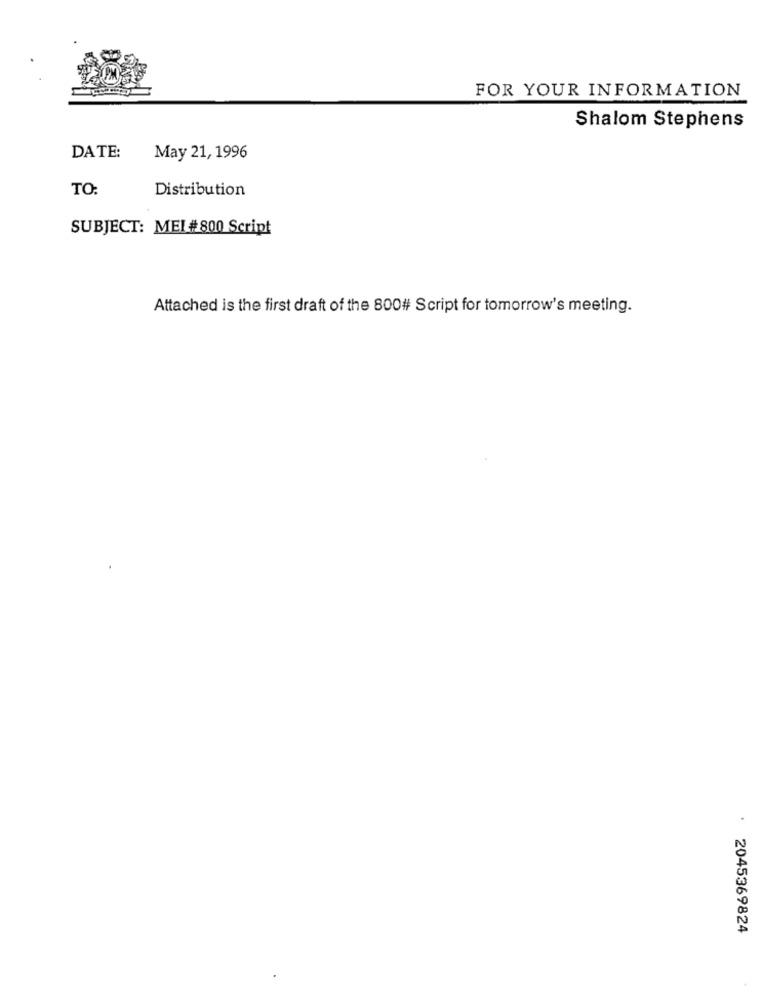
FOR YOUR INFORMATION
Shalom Stephens
DATE:
May 21, 1996
TO:
Distribution
SUBJECT: MEI # 800 Script
Attached is the first draft of the 800# Script for tomorrow's meeting.
2045369824